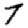
Digit: 7